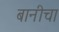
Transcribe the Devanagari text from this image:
बानीचा